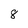
Character: 8